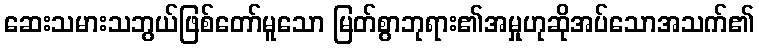
ဆေးသမားသဘွယ်ဖြစ်တော်မူသော မြတ်စွာဘုရား၏အမှုဟုဆိုအပ်သောအသက်၏